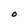
Character: O